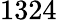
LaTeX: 1324